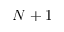
N + 1